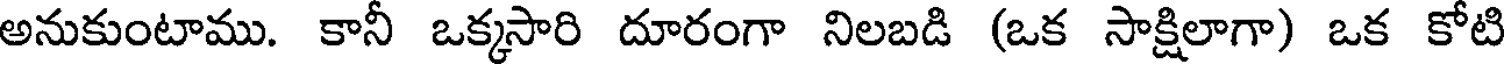
అనుకుంటాము. కానీ ఒక్కసారి దూరంగా నిలబడి (ఒక సాక్షిలాగా) ఒక కోటి